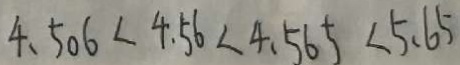
4 . 5 0 6 < 4 . 5 6 < 4 . 5 6 5 < 5 . 6 5